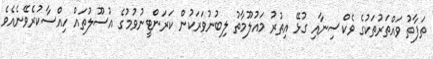
ތަފާތު ވައްތަރުތަކުގެ ވެކްސިނާއި ގުޅޭ އިތުރު މައުލޫމާތު ލިބުނުވަރަކުން ކަރަންޓީނުވުމުގެ އުސޫލުތައް ހިއްސާކުރެވޭނެއެވެ